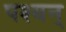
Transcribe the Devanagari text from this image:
पश्यन्‌